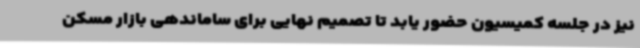
نیز در جلسه کمیسیون حضور یابد تا تصمیم نهایی برای ساماندهی بازار مسکن